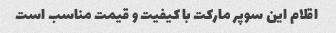
اقلام این سوپر مارکت با کیفیت و قیمت مناسب است